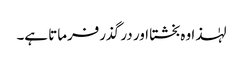
لہٰذا وہ بخشتا اور در گذرفرماتا ہے۔